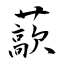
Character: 藃